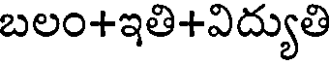
బలం+ఇతి+విద్యుతి